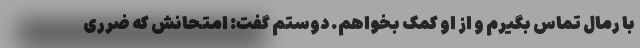
با رمال تماس بگیرم و از او کمک بخواهم. دوستم گفت: امتحانش که ضرری